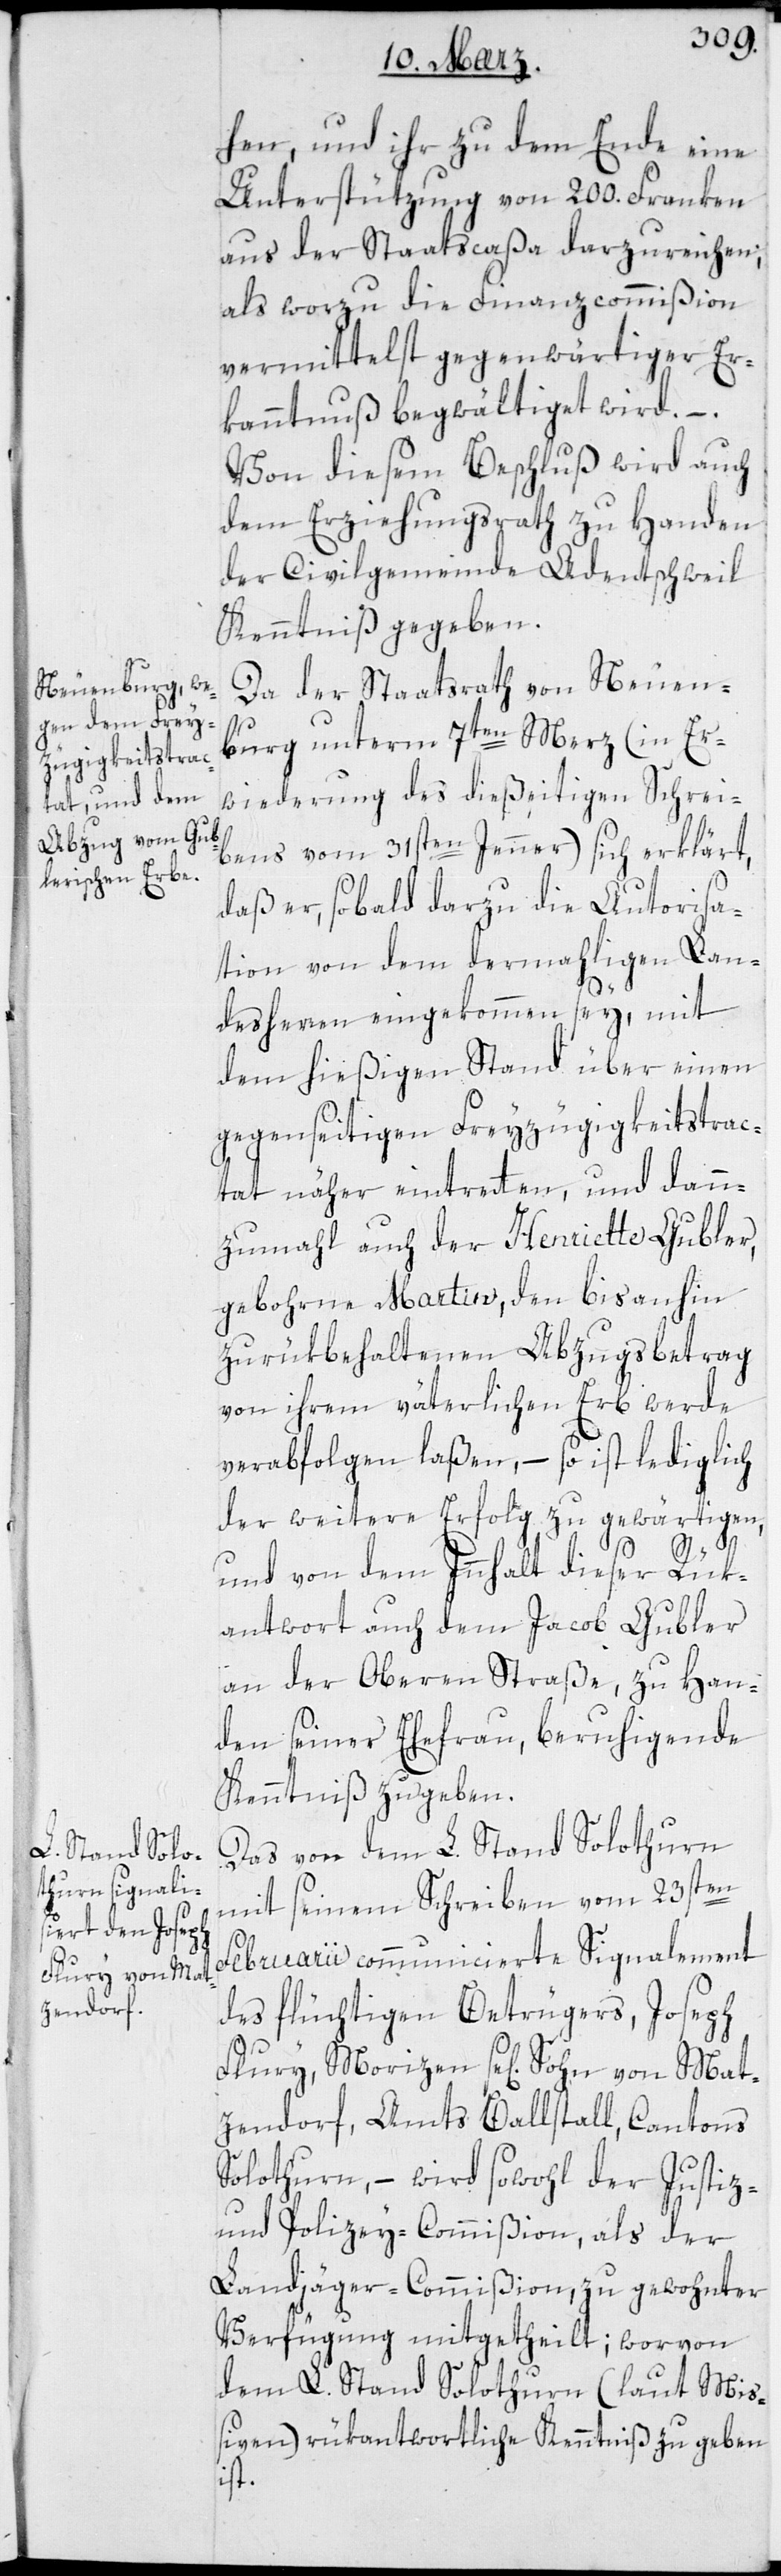
hen, und ihr zu dem Ende eine
Unterstützung von 200. Franken
aus der Staatscaßa darzureichen;
als worzu die Finanz-Commißion
vermittelst gegenwärtiger Er¬
kanntnuß begwältiget wird. –
Von diesem Beschluß wird auch
dem Erziehungsrath zu Handen
der Civilgemeinde Adentschweil
Kenntniß gegeben.
Da der Staatsrath von Neuen¬
burg unterm 7ten Merz (in Er¬
wiederung des dießeitigen Schrei¬
bens vom 31sten Jenner) sich erklärt,
daß er sobald darzu die Autorisa¬
tion von dem dermahligen Lan¬
desherren eingekommen sey, mit
dem hießigen Stand über einen
gegenseitigen Freyzügigkeitstrac¬
tat näher eintreten, und dann¬
zumal auch der Henriette Gubler,
geborne Martin, den bis anhin
zurükbehaltenen Abzugsbetrag
von ihrem väterlichen Erb werde
verabfolgen laßen, – so ist lediglich
der weitere Erfolg zu gewärtigen,
und von dem Inhalt dieser Rük¬
antwort auch dem Jacob Gubler
an der Oberen Straße, zu Han¬
den seiner Ehefrau, beruhigende
Kenntniß zu geben.
Das von dem L. Stand Solothurn
mit seinem Schreiben vom 23sten
Februarii communicierte Signalement
des flüchtigen Betrügers, Joseph
Flury, Morizen sel. Sohn von Mat¬
zendorf, Amts Ballstall, Cantons
Solothurn, – wird sowohl der Justiz-
und Polizey-Commißion als der
Landjägercommißion, zu gewohnter
Verfügung mitgetheilt; worvon
dem L. Stand Solothurn (laut Miß¬
iven) rükantwortliche Kenntniß zu geben
ist.